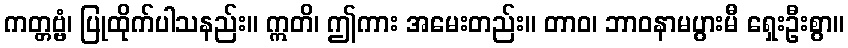
ကတ္တဗ္ဗံ၊ ပြုထိုက်ပါသနည်း။ ဣတိ၊ ဤကား အမေးတည်း။ တာဝ၊ ဘာဝနာမပွားမီ ရှေးဦးစွာ။